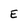
Character: E